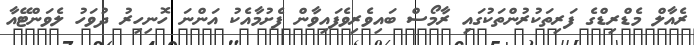
ރެއާލް މެޑްރިޑްގެ ފަރިތަކުރުންތަކުގައި ރާމޯސް ބައިވެރިވެފައިވާން ފެށުމާއެކު އަންނަ ހޮނިހިރު ދުވަހު ލެވަންޓޭއާ